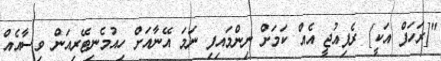
"[ރަހަފް އަކީ] ރެފިއުޖީ އެއް ކަމަށް ނިންމައިފި ނަމަ އޭނާއަށް ހިއުމެނިޓޭރިއަން ވިސާއެއް